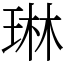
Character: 琳